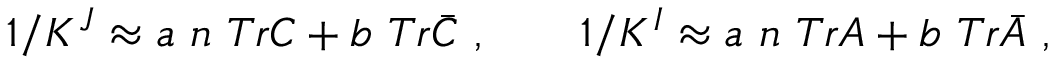
1 / K ^ { J } \approx a \ n \ T r C + b \ T r \bar { C } \ , \qquad 1 / K ^ { I } \approx a \ n \ T r A + b \ T r \bar { A } \ ,